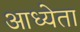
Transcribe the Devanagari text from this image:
आध्येता